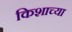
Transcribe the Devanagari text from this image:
किशाच्या